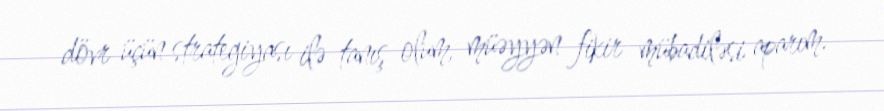
dövr üçün strategiyası ilə tanış olum, müəyyən fikir mübadiləsi aparım.